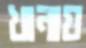
খানায়